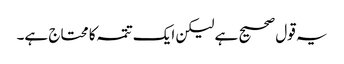
یہ قول صحیح ہے لیکن ایک تتمہ کا محتاج ہے۔